Indian journal of veterinary science and animal husbandry - Volumes 28-29, 1958-1959
Year: 1958
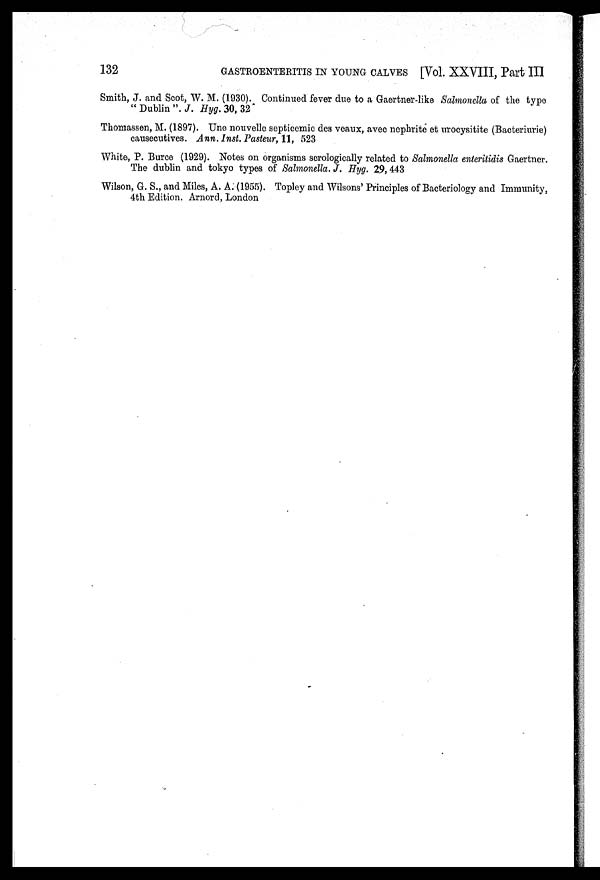
132
GASTROENTERITIS IN YOUNG CALVES [Vol. XXVIII, Part III
Smith, J. and Scot, W. M. (1930). Continued fever due to a Gaertner-like Salmonella of the type
" Dublin ". J. Hyg. 30, 32
Thomassen, M. (1897). Une nouvelle septicemic des veaux, avec nephrite et urocysitite (Bacteriurie)
causecutives. Ann. Inst. Pasteur, 11, 523
White, P. Burce (1929). Notes on organisms serologically related to Salmonella enteritidis Gaertner.
The dublin and tokyo types of Salmonella. J. Hyg. 29, 443
Wilson, G. S., and Miles, A. A. (1955). Topley and Wilsons' Principles of Bacteriology and Immunity,
4th Edition. Arnord, London